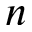
n